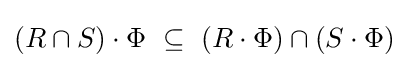
(R\cap S)\cdot \Phi ~\subseteq ~(R\cdot \Phi )\cap (S\cdot \Phi )